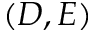
( D , E )